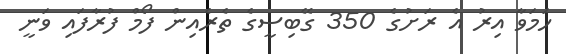
ހަމަވާ އިރު އެ ރަށުގެ 350 ގޭބިސީގެ ތެރެއިން ފޯމް ފުރާފައި ވަނީ